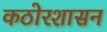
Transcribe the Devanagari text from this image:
कठोरशासन